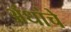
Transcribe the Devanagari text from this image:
अंधांचे